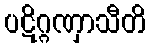
ပဋိဂ္ဂဏှာသီတိ